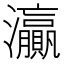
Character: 灜